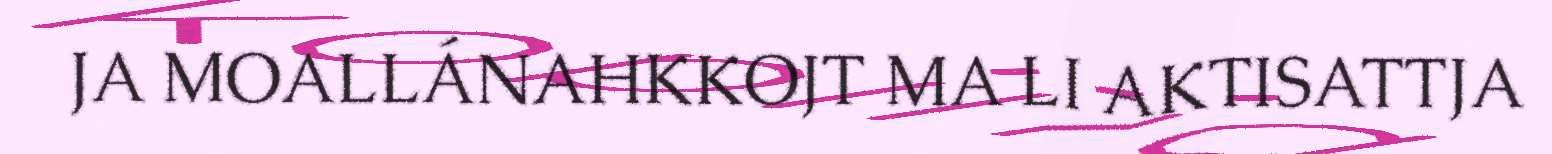
JA MOALLÁNAHKKOJT MA LI AKTISATTJA